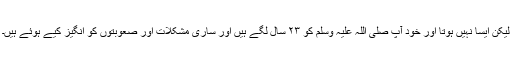
لیکن ایسا نہیں ہوتا اور خود آپ صلی اللہ علیہ وسلم کو ۲۳ سال لگے ہیں اور ساری مشکلات اور صعوبتوں کو انگیز کیے ہوئے ہیں۔